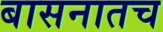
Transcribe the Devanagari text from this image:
बासनातच